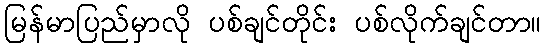
မြန်မာပြည်မှာလို ပစ်ချင်တိုင်း ပစ်လိုက်ချင်တာ။